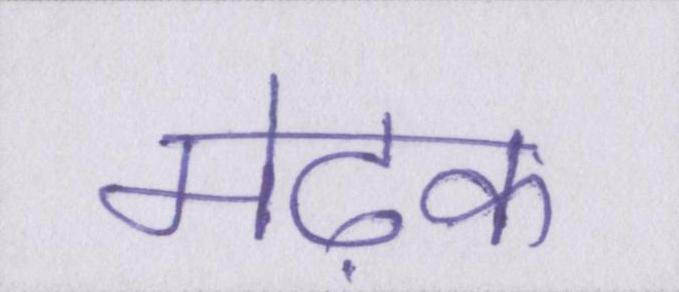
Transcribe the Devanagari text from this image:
मेढ़क